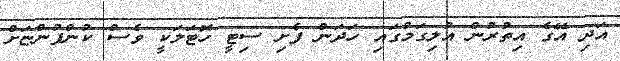
އަދި އޭގެ އިތުރުން އުލިގަމުގައި ހަދަން ފެށި ސިޓީ ހޮޓަލަކީ ވެސް ކުންފުންޏަށް